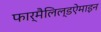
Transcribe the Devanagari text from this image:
फार्मैलिल्डऐमाइन